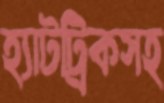
হ্যাটট্রিকসহ